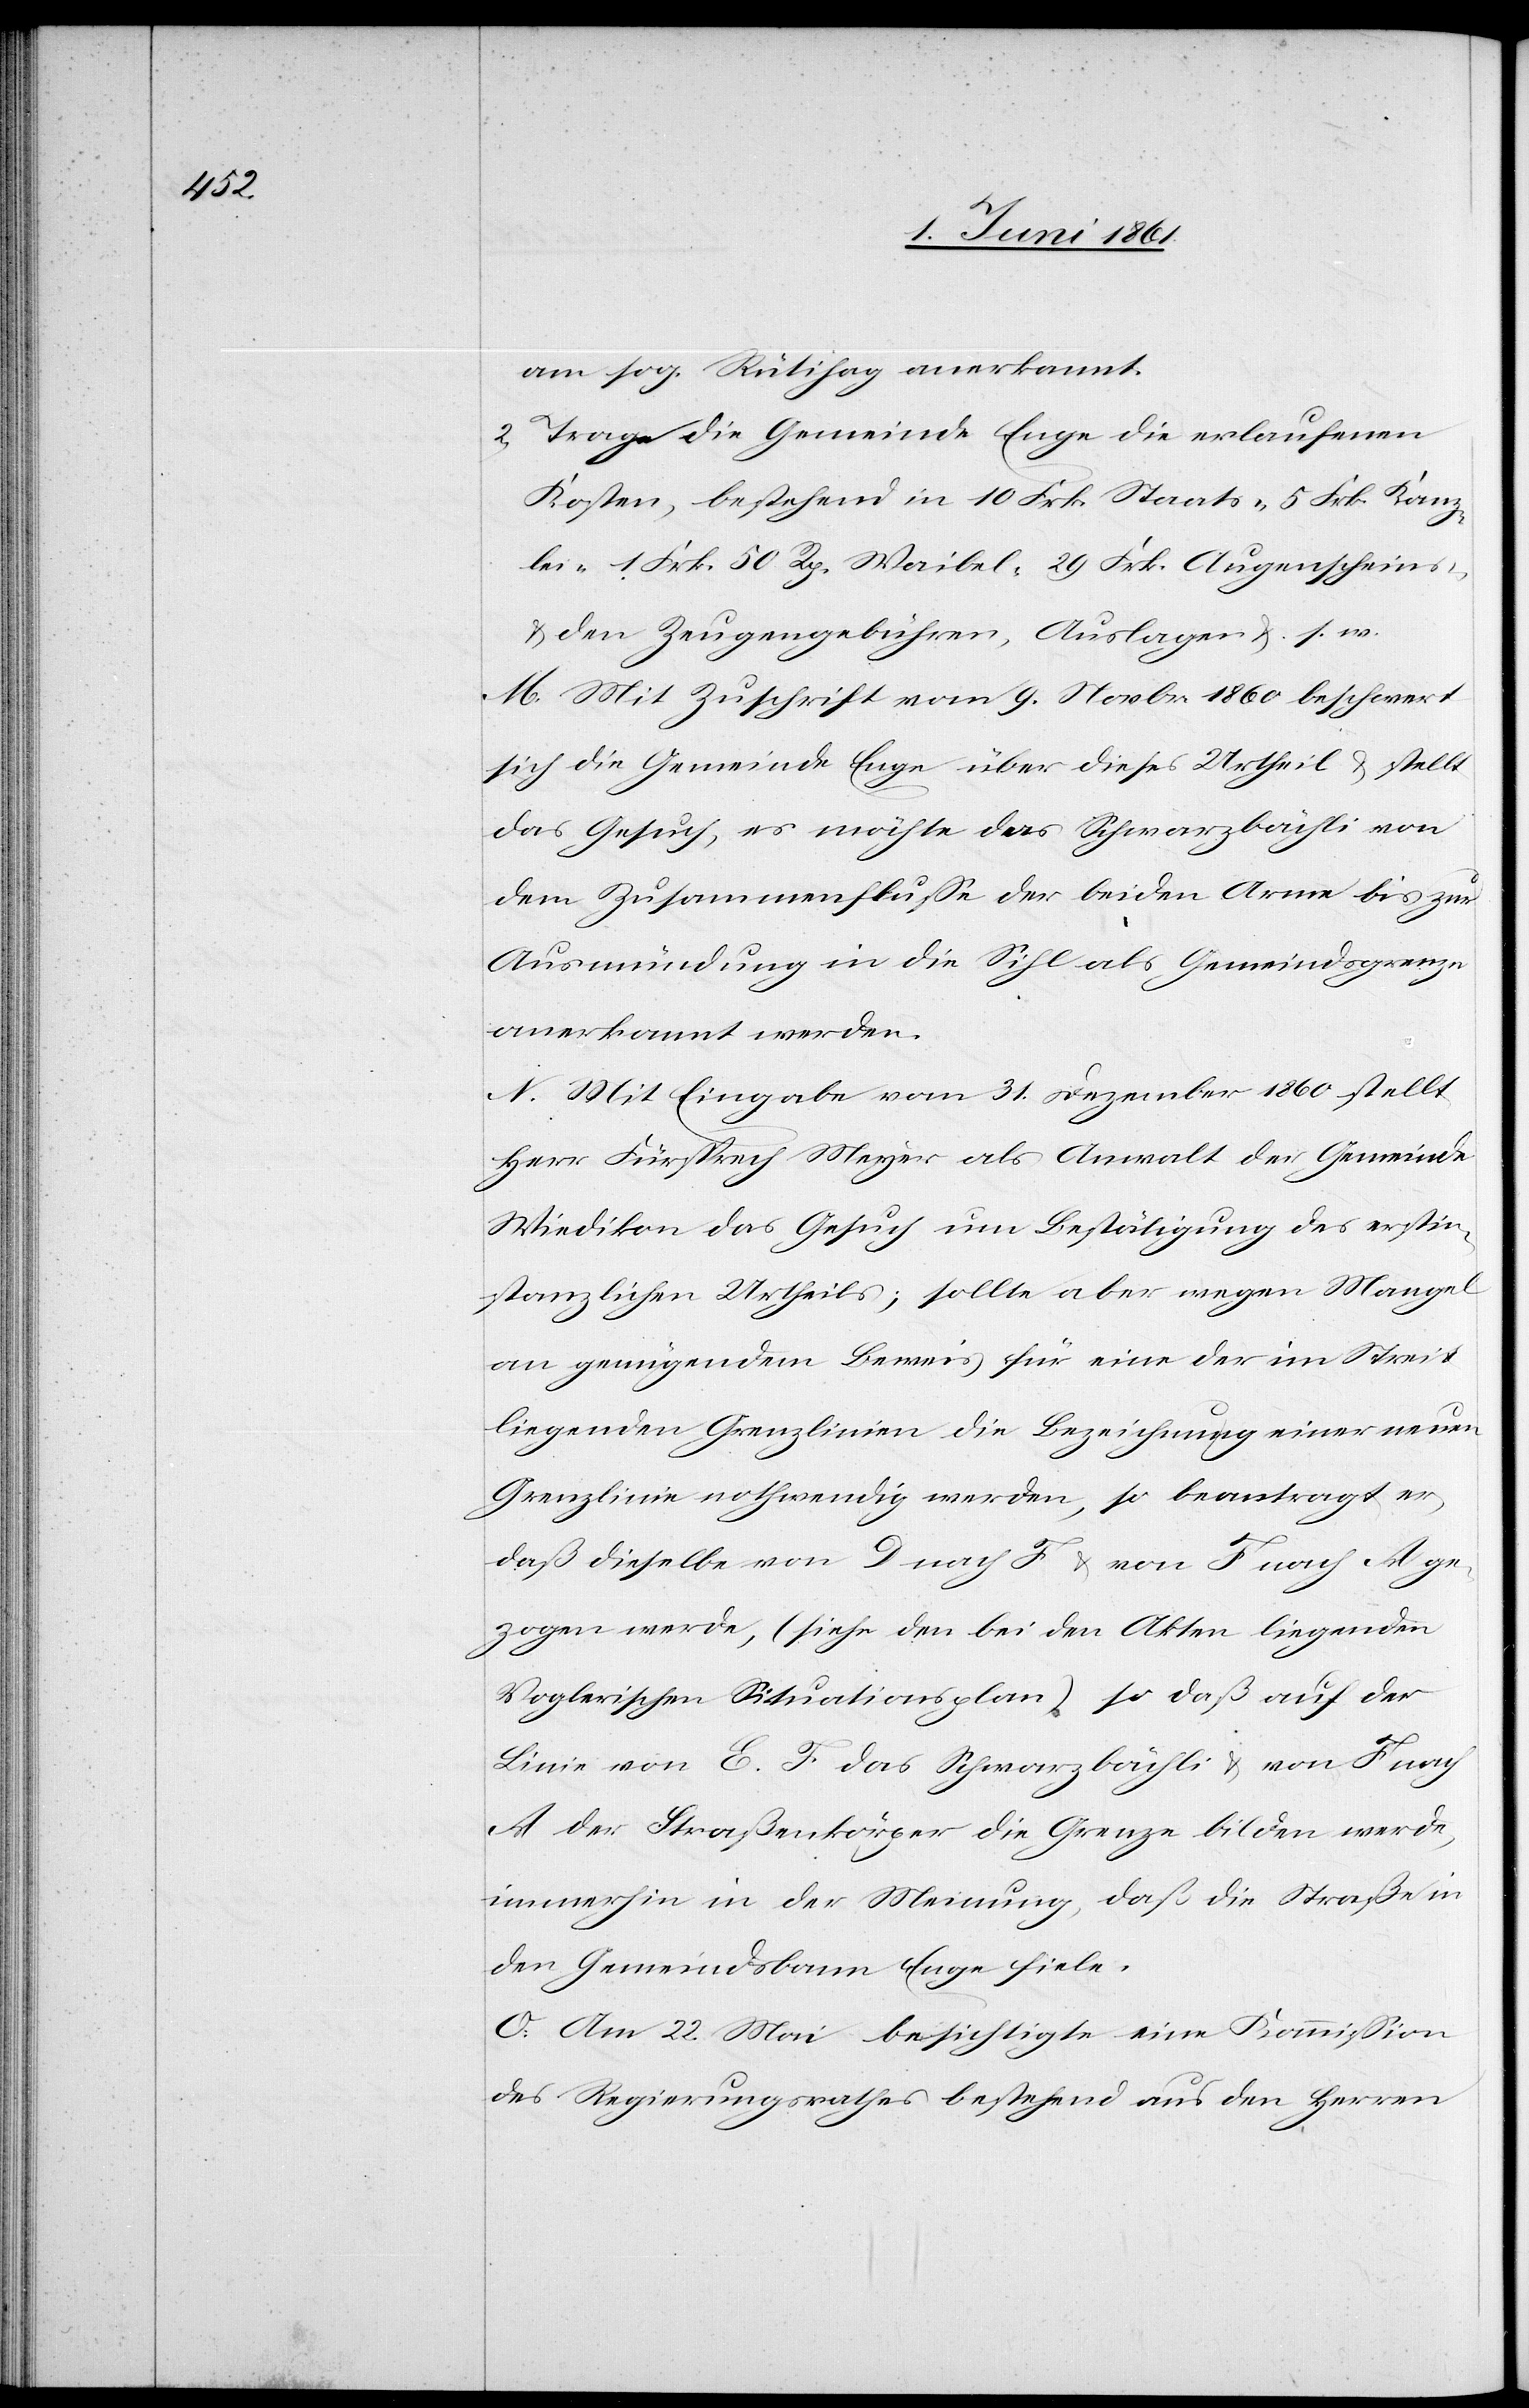
am sog. Rütihag anerkannt.
2) Trage die Gemeinde Enge die erlaufenen
Kosten, bestehend in 10 Frk. Staats-[,] 5 Frk. Kanz¬
lei-[,] 1 Frk 50 Rp. Waibel-[,] 29 Frk. Augenscheins-
u. den Zeugengebühren, Auslagen u. s. w.
M. Mit Zuschrift vom 9. Novbr. 1860 beschwert
sich die Gemeinde Enge über dieses Urtheil u. stellt
das Gesuch, es möchte das Schwarzbächli von
dem Zusammenflusse der beiden Arme bis zur
Ausmündung in die Sihl als Gemeindsgrenze
anerkannt werden.
N. Mit Eingabe vom 31. Dezember 1860 stellt
Herr Fürsprech Meyer als Anwalt der Gemeinde
Wiedikon das Gesuch um Bestätigung des erstin¬
stanzlichen Urtheils; sollte aber wegen Mangel
an genügendem Beweis für eine der im Streit
liegenden Grenzlinien die Bezeichnung einer neuen
Grenzlinie nothwendig werden, so beantragt er,
daß dieselbe von D nach F u. von F nach A ge¬
zogen werde, (siehe den bei den Akten liegenden
Voglerischen Situationsplan) so daß auf der
Linie von E F das Schwarzbächli u. von F nach
A der Straßenkörper die Grenze bilden werde,
immerhin in der Meinung, daß die Straße in
den Gemeindsbann Enge fiele.
O. Am 22. Mai besichtigte eine Kommission
des Regierungsrathes bestehend aus den Herren